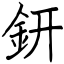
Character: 鈃